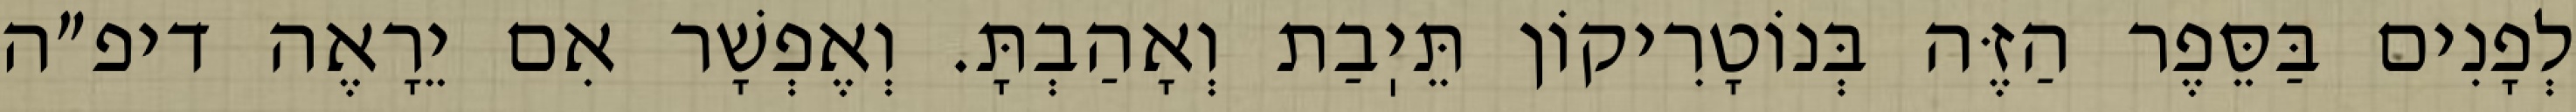
לְפָנִים בַּסֵּפֶר הַזֶּה בְּנוֹטָרִיקוֹן תֵּיֽבַת וְאָהַבְתָּ. וְאֶפְשָׁר אִם יֵרָאֶה דיפ״ה